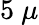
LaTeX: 5~\mu